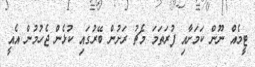
ޓީމެއް ނޫން ކަމަށާއި ފުރަތަމަ މެޗު ރަށުން ބޭރުގައި ކުޅެން ޖެހުމުން އެއީ